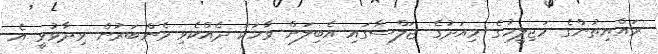
ރައްޔިތުންގެ މަޖިލީހުގެ މިއަދުގެ ޖަލްސާގައި އެބިލަށް ވާހަކަ ދެއްކެވި މެންބަރުން ވިދާޅުވީ އެ